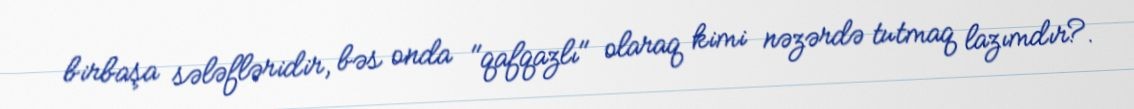
birbaşa sələfləridir, bəs onda "qafqazlı" olaraq kimi nəzərdə tutmaq lazımdır?.